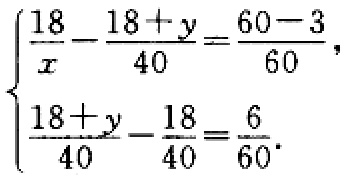
\[\begin{cases}
\frac{18}{x}-\frac{18 + y}{40}=\frac{60 - 3}{60},\\
\frac{18 + y}{40}-\frac{18}{40}=\frac{6}{60}.
\end{cases}\]